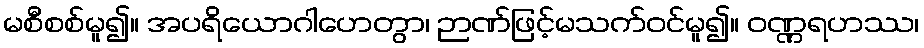
မစီစစ်မူ၍။ အပရိယောဂါဟေတွာ၊ ဉာဏ်ဖြင့်မသက်ဝင်မူ၍။ ဝဏ္ဏရဟဿ၊